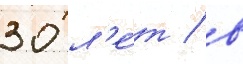
30 л'е́т / в